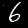
Digit: 6